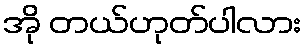
အို တယ်ဟုတ်ပါလား